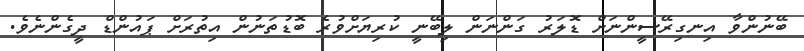
ބޭނުންވާ އިނގިރޭސީންނަށް ޑޮލަރު ގަންނަން ލިބޭނީ ކުރިޔަށްވުރެ ބޮޑުތަނުން އިތުރަށް ޕައުންޑް ދީގެންނެވެ.